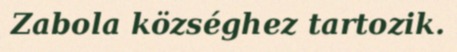
Zabola községhez tartozik.